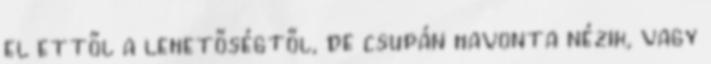
el ettől a lehetőségtől, de csupán havonta nézik, vagy